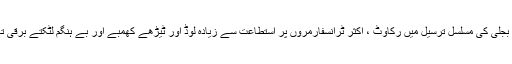
لوڈ شیڈنگ کے علاوہ بجلی کی مسلسل ترسیل میں رکاوٹ ، اکثر ٹرانسفارمروں پر استطاعت سے زیادہ لوڈ اور ٹیڑھے کھمبے اور بے ہنگم لٹکتے برقی تاروں کا اُلجھاو¿ ہے ۔